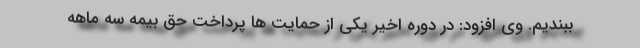
ببندیم. وی افزود: در دوره اخیر یکی از حمایت ها پرداخت حق بیمه سه ماهه